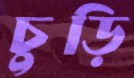
চুড়ি